King Institute of Preventive Medicine Micro-Biological Section reports 1912-19
Year: 1912
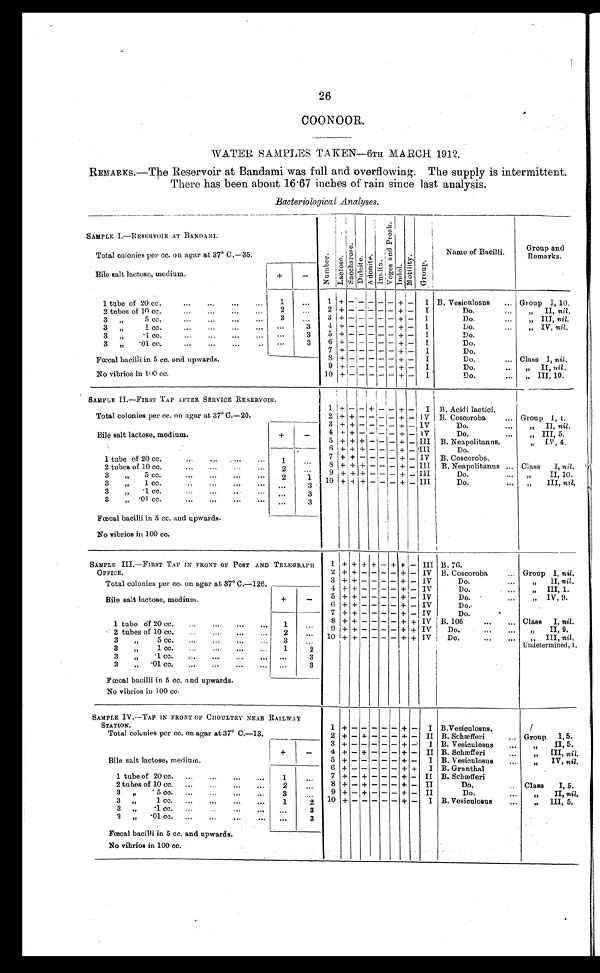
26
COONOOR.
WATER SAMPLES TAKEN—6TH MARCH 1912.
REMARKS.—The Reservoir at Bandami was full and overflowing The supply is intermittent.
There has been about 16.67 inches of rain since last analysis.
Bacteriological Analyses.
SAMPLE I.—RESERVOIR AT BANDAMI
N u m b e r .
L a c t o s e .
S a c c h a r o s e .
D u l c i t e .
A d o n i t e . I n u l i n .
V o g e s a n d P r o s k .
I n d o l
.
M o t i l i t y .
G r o u p .
1
I
Name of Bacilli.
Group and
Remarks.
Total colonies per cc. on agar at 37° C.— 35.
Bile salt lactose, medium.
+
-
1 tube of 20 cc. . . .
1
. . .
1
+
- - - - -
+
-
I B. Vesiculosus . . . Group I, 10.
2
2 + - - - - - + -
I
Do. . . .
" II, ni l .
2 tubes of 10 cc. . . .
. . .
3 + - - - - - + -
3
I
Do. . . .
3 " 5 cc. . ..
" I I I ,
n i l
.
. . .
4 + - - - - - + -
I
. . .
3
Do. . . .
" IV, nil.
3
" 1cc. . . .
3
5 + - - - - - + -
I
D o . . . .
. . .
3
"
.1 cc. . . .
6 + - - - - - + -
3
I
D o . . . .
3
"
.01 cc. . . .
. . .
7 + - - - - - + -
I
D o . . . .
8 + - - - - - + -
Class I, nil.
Fœcal bacilli in 5 cc. and upwards.
I
Do. . . .
9 + - - - - - + -
I
D o . . . .
" II, nil.
No vibrios in 100 cc.
10 +
- - - - - + -
I
Do. . . . " III, 10.
SAMPLE II.—FIRST TAP AFTER SERVICE RESERVOIR.
1 +
-
-
+ - - + -
I B. Acidi lactici.
Total colonies per cc. on agar at 37° C.—20.
2 + +
- IV
- - -
+
B. Coscoroba . . . Group 1, l.
-
3 +
-
+
-
IV
Bile salt lactose, medium.
+
-
Do .
" I I ,
n i l .
- - + -
4
+ -
IV
Do. . . ..
" III, 5.
+
- -
+ -
-
+
5
III
+
+
-
-
" IV, 4.
-
- +
B. Neapolitanus.
6
+
-
III
+
+ -
- + -
Do.
1
. . .
1 tube of 20 cc. . . .
7
+
+
-
IV
- -
+
B. Coscoroba.
-
-
Ill
8
+
Class
I, nil.
+
+
B. Neapolitanus . . .
2 tubes of 10 cc.
- - -
-
+
2
. . .
9
+ + - -
III
D o . . . .
3
" 5 cc.
+
" I I , 1 0 .
- + -
2
1
10
+
- -
3 " 1 cc . . .
+
+
- + - III
D o . . . .
" I I I ,
n i l .
. . .
3
3
"
.1 cc. . .
3
. . .
3
" .01 cc. . . .
3
. . .
Fœcal bacilli in 5 cc. and upwards.
No vibrios in 100 cc.
SAMPLE III.—FIRST TAP IN FRONT OF POST AND TELEGRAPH
OFFICE.
1 + + + + - + + - III B. 76.
2 +
-
+
- - - +
IV
Group I, nil.
B. Coscoroba
. . . .
-
Total colonies per cc. on agar at 37° C.—126.
3 + + -
IV
- - - + -
D o . . . .
" I I ,
n i l .
4 +
-
-
-
+
IV
-
-
Do. . . .
" I I I , 1 .
+
Bile salt lactose, medium.
+
-
+
-
IV
5
- -
+
D o .
" I V , 9 .
+
-
-
+ + - - -
6
- +
IV
Do.
-
+
IV
7
+ - - -
+ -
Do.
1 tube of 20 cc. . . .
-
1
. . .
8 +
-
-
IV
Class
I, nil.
+
-
+ +
B. 106
. . .
-
9
- -
IV
+
-
+ +
+
-
" I I , 9 .
Do.
2 tubes of 10 cc. . . .
2
. . . 10
-
IV
+ + -
- - +
Do.
" I I I , n i l .
+
3
" 5 cc.
. . .
3
. . .
Undetermined, 1.
1
3
" 1 c c . . . .
2
3
"
.1 cc.
. . .
3
. . .
3 " .01 cc. . . .
3
. . .
Fœcal bacilli in 5 cc. and upwards.
No vibrios in 100 cc.
SAMPLE IV.—TAP IN FRONT OF CHOULTRY NEAR RAILWAY
STATION.
1
+
-
- - - -
+ -
I B.Vesiculosus.
Total colonies per cc. on agar at 37° C.—13.
2
+ - -
Group
I, 5.
+ -
-
-
+
II B. Schæfferi
. . .
3
Bile salt lactose, medium.
+
1
-
. . .
+
- -
+ -
I B. Vesiculosus
" I I , 5 .
-
4 +
+
-
+
B. Schæfferi
. . . .
-
-
-
II
" I I I , n i l .
-
-
5
+
- - - + -
I B. Vesiculosus . . .
" I V , n i l .
-
6 + - -
-
+ +
I B. Grunthal
-
1 tube of 20 cc.
. . .
7 +
+
II
-
+
B. Schæfferi
- -
-
-
+
-
8
+ -
-
II
2 tubes of 10 cc. . . .
2
-
-
Do. . . .
-
Class
I, 5.
. . .
9 +
+
-
+
3 " 5 cc. . . .
-
3
-
II
Do.
. . . "
II, nil.
-
-
10
3 " 1 cc.
. . .
- - -
+
I
-
1
+
B. Vesiculosus
. . . "
III, 5.
2
-
-
3 " .1 cc. . . .
3
3 " .01 cc.
. . .
3
. . .
Fœcal bacilli in 5 cc. and upwards.
No vibrios in 100 cc.